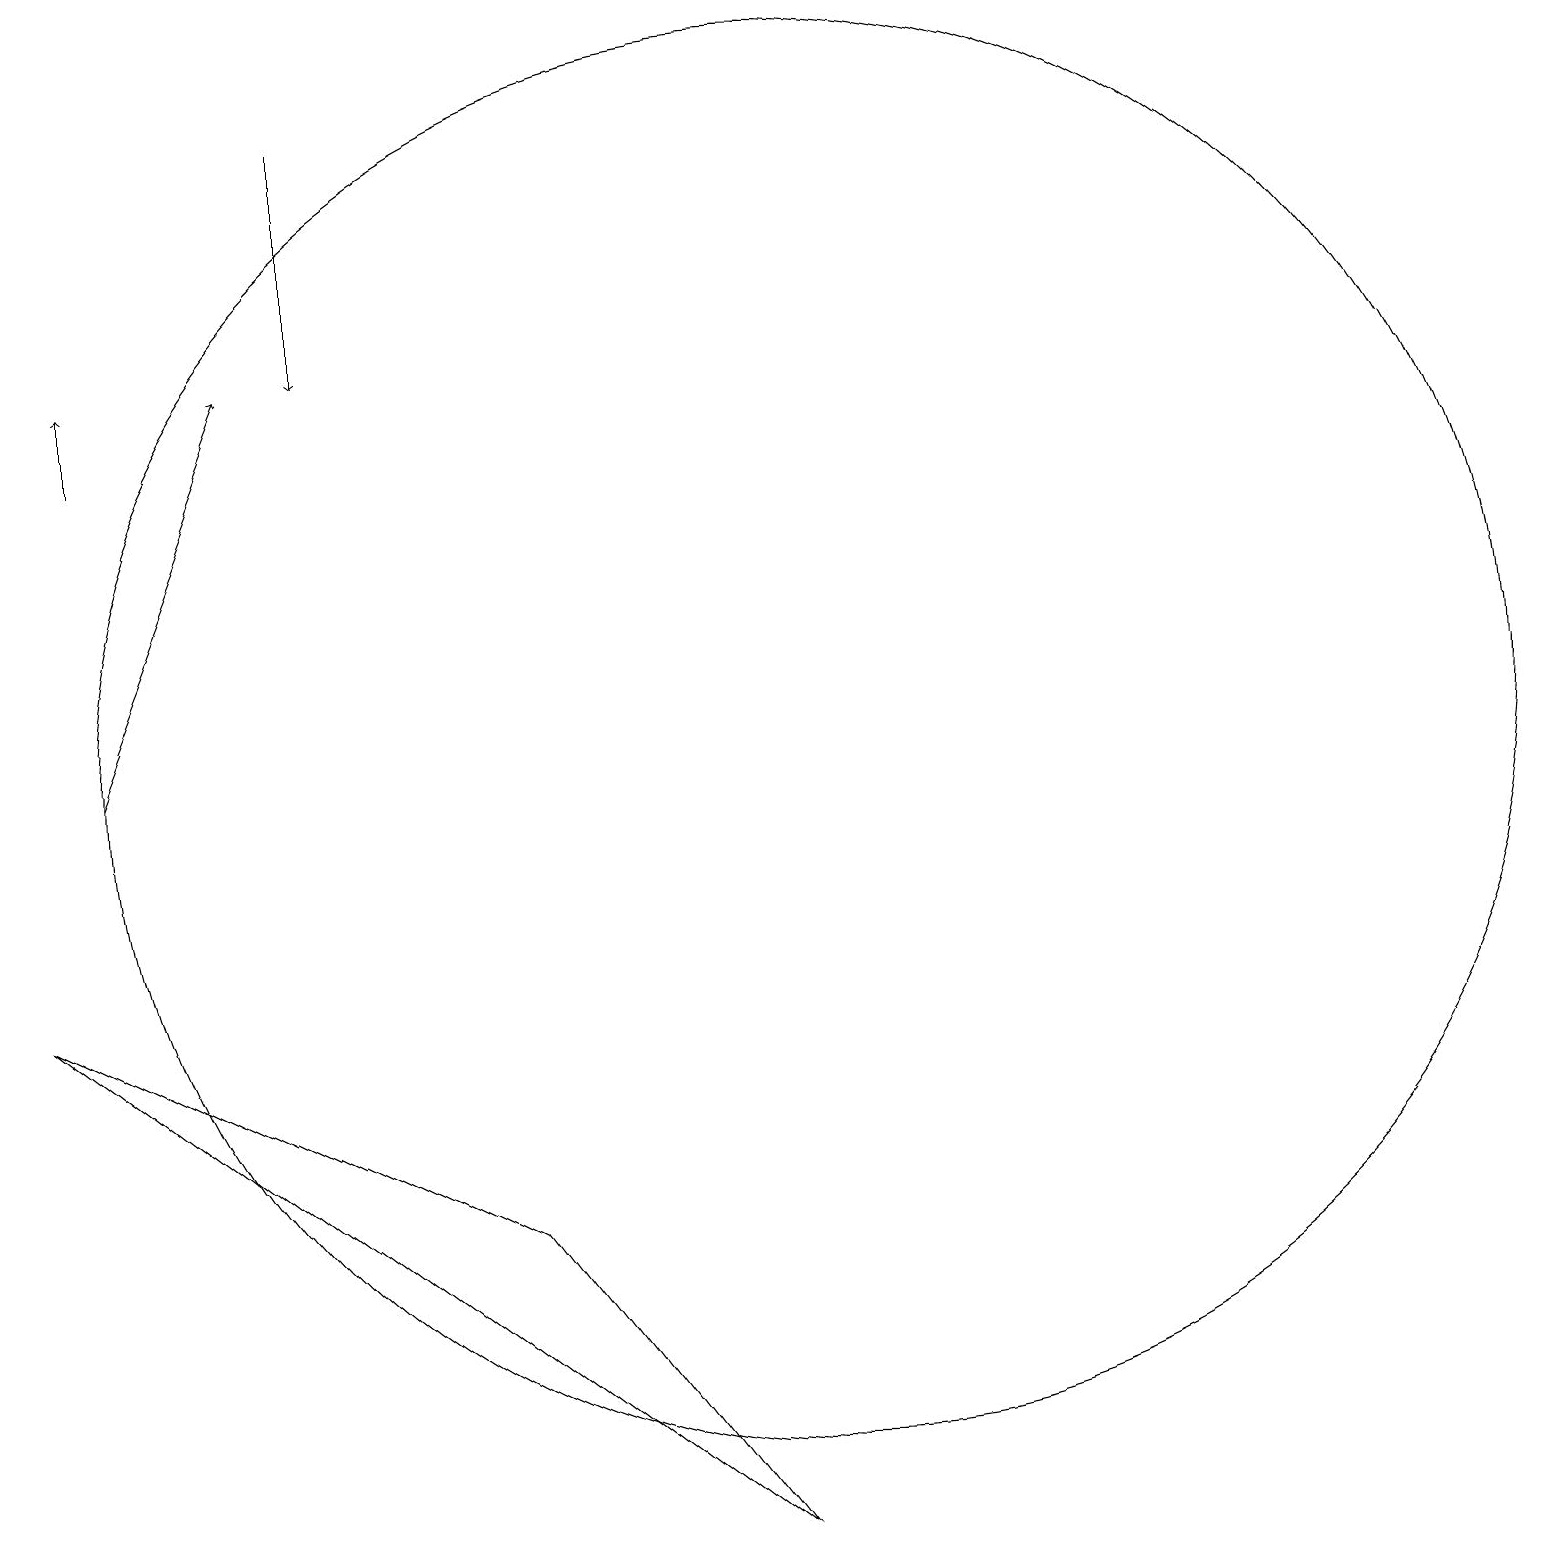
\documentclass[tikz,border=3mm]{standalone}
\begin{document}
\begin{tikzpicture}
\draw[->] (1,14) -- (1,15);
\draw (6,4) -- (0,7) -- (9,0) -- cycle;
\draw[->] (4,18) -- (4,15);
\draw (10,10) circle (9);
\draw[->] (1,10) -- (3,15);
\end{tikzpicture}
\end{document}